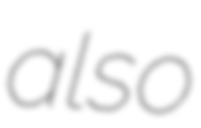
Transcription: also